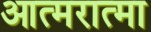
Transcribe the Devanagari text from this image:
आत्मरात्मा